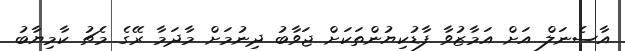
އާސެނަލް އަށް އަމާޒުވާ ފާޑުކިޔުންތަކަށް ޖަވާބު ދިނުމަށް މާދަމާ ރޭގެ މެޗު ކާމިޔާބު